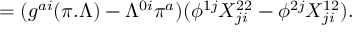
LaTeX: = ( g ^ { a i } ( \pi . \Lambda ) - \Lambda ^ { 0 i } \pi ^ { a } ) ( \phi ^ { 1 j } X _ { j i } ^ { 2 2 } - \phi ^ { 2 j } X _ { j i } ^ { 1 2 } ) .